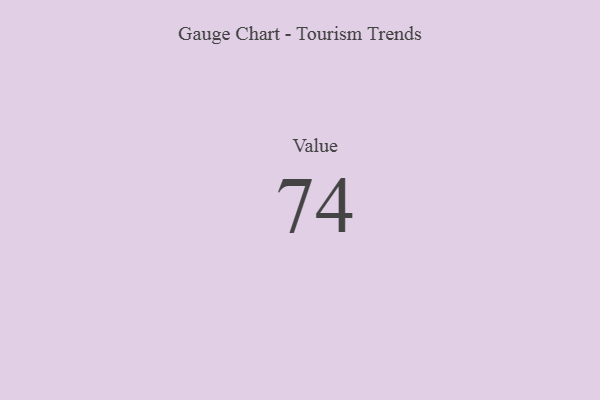
{"axis": {"x": "Metric", "y": "Value"}, "legend": [""], "data": [{"x": "Value", "y": 74, "type": ""}]}